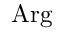
\mathrm { A r g }